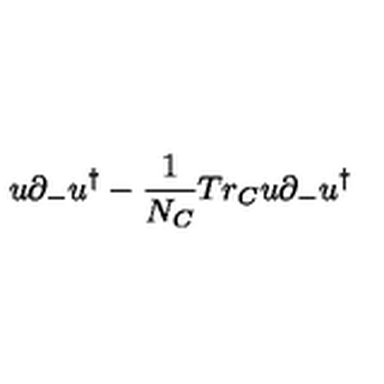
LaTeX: u \partial _ { - } u ^ { \dagger } - { \frac { 1 } { N _ { C } } } T r _ { C } u \partial _ { - } u ^ { \dagger }